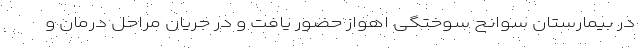
در بیمارستان سوانح سوختگی اهواز حضور یافت و در جریان مراحل درمان و